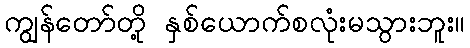
ကျွန်တော်တို့ နှစ်ယောက်စလုံးမသွားဘူး။